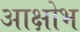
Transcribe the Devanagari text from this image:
आक्षोभ